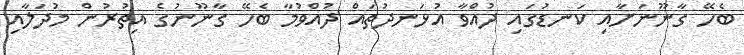
ބެހޭ ގާނޫނަށާއި ކަނޑުގައި ދުއްވާ އުޅަނދުތައް ދުއްވުމާ ބެހޭ ގާނޫނުގެ އިތުރުން މުދަލާއި